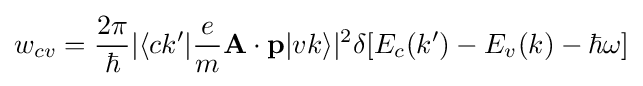
w_{cv}={2\pi  \over \hbar }|\langle ck'|{e \over m}\mathbf {A} \cdot \mathbf {p} |vk\rangle |^{2}\delta [E_{c}(k')-E_{v}(k)-\hbar \omega ]